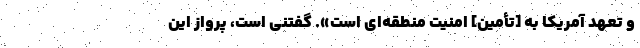
و تعهد آمریکا به [تأمین] امنیت منطقه‌ای است». گفتنی است، پرواز این